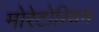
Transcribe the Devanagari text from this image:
मोरेटोरियम